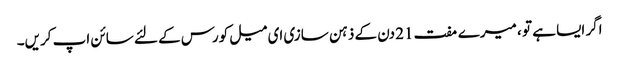
اگر ایسا ہے تو ، میرے مفت 21 دن کے ذہن سازی ای میل کورس کے لئے سائن اپ کریں۔